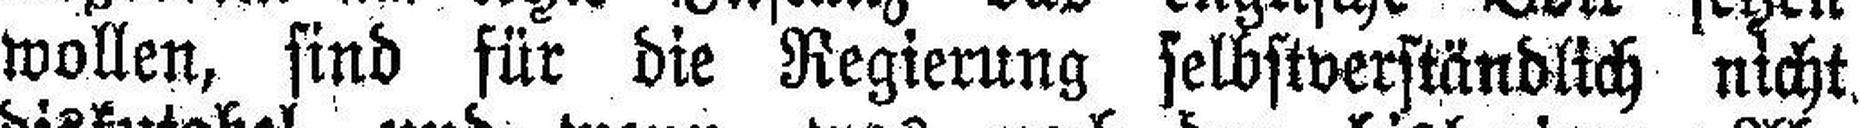
wollen, sind für die Regierung selbstverständlich nicht